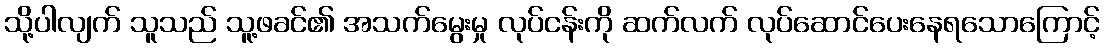
သို့ပါလျက် သူသည် သူ့ဖခင်၏ အသက်မွေးမှု လုပ်ငန်းကို ဆက်လက် လုပ်ဆောင်ပေးနေရသောကြောင့်